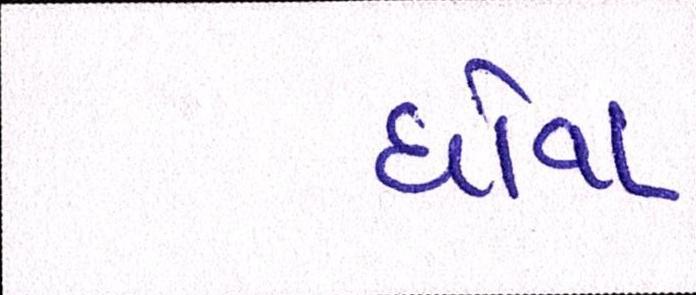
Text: ધોવા